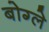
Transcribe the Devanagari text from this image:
बोग्ले